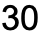
30